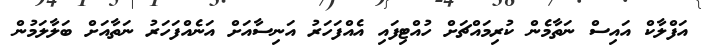
އަފްލާކް އައިސް ނަތާމެން ކުރިމައްޗަށް ހުއްޓިފައި އެއްފަހަރު އަނިސާއަށް އަނެއްފަހަރު ނަތާއަށް ބަލާލަމުން